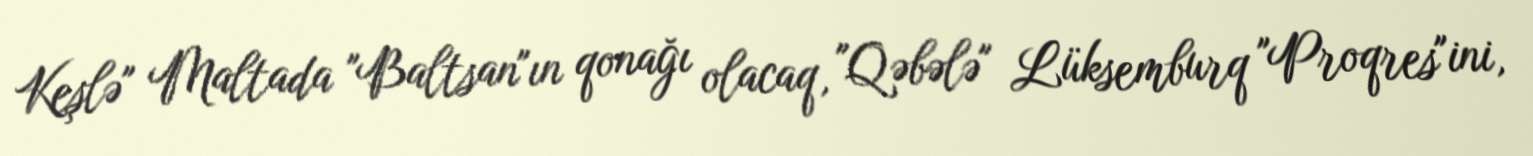
Keşlə" Maltada "Baltsan"ın qonağı olacaq, "Qəbələ" Lüksemburq "Proqres"ini,